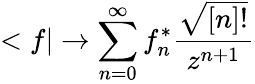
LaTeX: <f|\rightarrow\sum_{n=0}^{\infty}f_{n}^{*}\frac{\sqrt{[n]!}}{z^{n+1}}